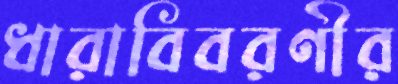
ধারাবিবরণীর